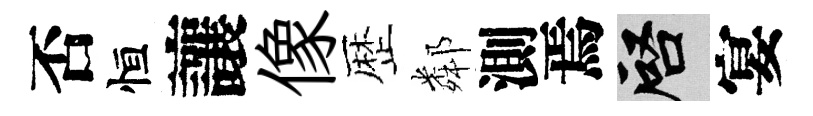
否恒讓像歴鄰測焉啓宴